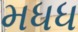
મધધ